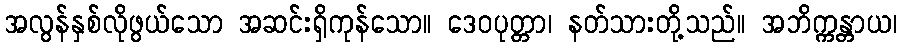
အလွန်နှစ်လိုဖွယ်သော အဆင်းရှိကုန်သော။ ဒေဝပုတ္တာ၊ နတ်သားတို့သည်။ အဘိက္ကန္တာယ၊